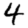
Digit: 4